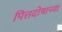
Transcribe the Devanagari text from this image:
पित्तदोषाच्या